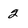
Character: 2